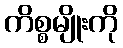
ကိစ္စမျိုးကို